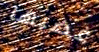
غضبها